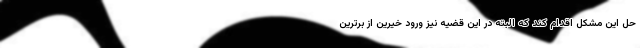
حل این مشکل اقدام کند که البته در این قضیه نیز ورود خیّرین از برترین